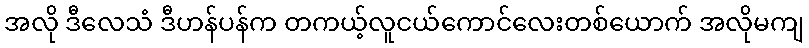
အလို ဒီလေသံ ဒီဟန်ပန်က တကယ့်လူငယ်ကောင်လေးတစ်ယောက် အလိုမကျ